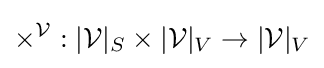
\times ^{\mathcal {V}}:|{\mathcal {V}}|_{S}\times |{\mathcal {V}}|_{V}\rightarrow |{\mathcal {V}}|_{V}